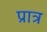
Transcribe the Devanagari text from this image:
प्रात्र